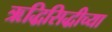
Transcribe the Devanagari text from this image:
ऋद्धिसिद्धीच्या